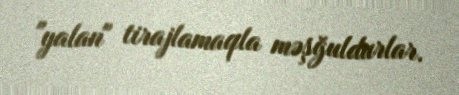
"yalan" tirajlamaqla məşğuldurlar.